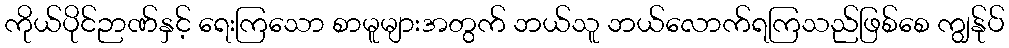
ကိုယ်ပိုင်ဉာဏ်နှင့် ရေးကြသော စာမူများအတွက် ဘယ်သူ ဘယ်လောက်ရကြသည်ဖြစ်စေ ကျွန်ုပ်